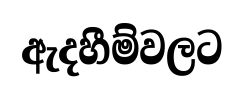
ඇදහීම්වලට